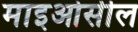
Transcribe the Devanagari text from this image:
माइओसील